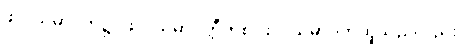
ဖလသမာပတ်၌။ ဖလသမာပတ္တီတိစ၊ ဖလသမာပတ်ဟူသည်လည်း။